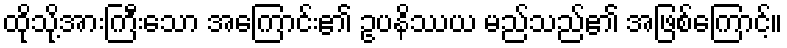
ထိုသို့အားကြီးသော အကြောင်း၏ ဥပနိဿယ မည်သည်၏ အဖြစ်ကြောင့်။